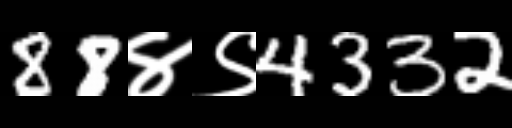
Text: 88४९4332